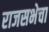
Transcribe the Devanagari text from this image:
राजसभेचा